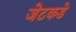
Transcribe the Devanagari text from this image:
जेटकडे